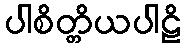
ပါစိတ္တိယပါဠိ